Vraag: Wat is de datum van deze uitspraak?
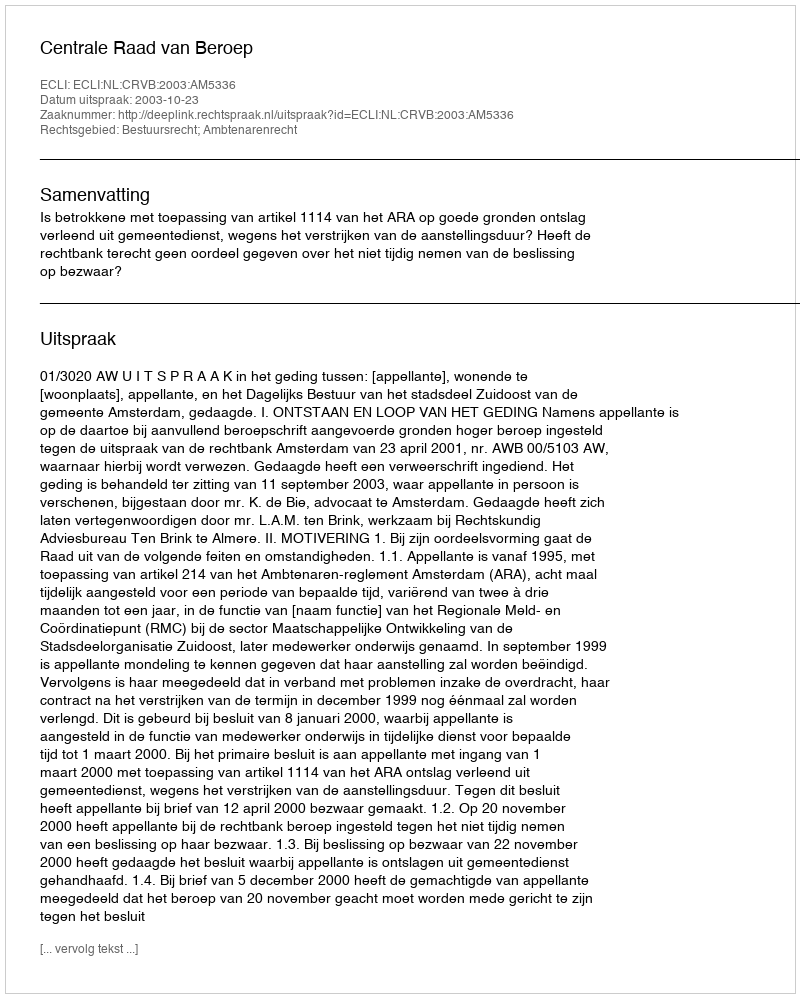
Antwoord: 2003-10-23